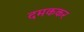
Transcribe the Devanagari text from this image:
दमककर